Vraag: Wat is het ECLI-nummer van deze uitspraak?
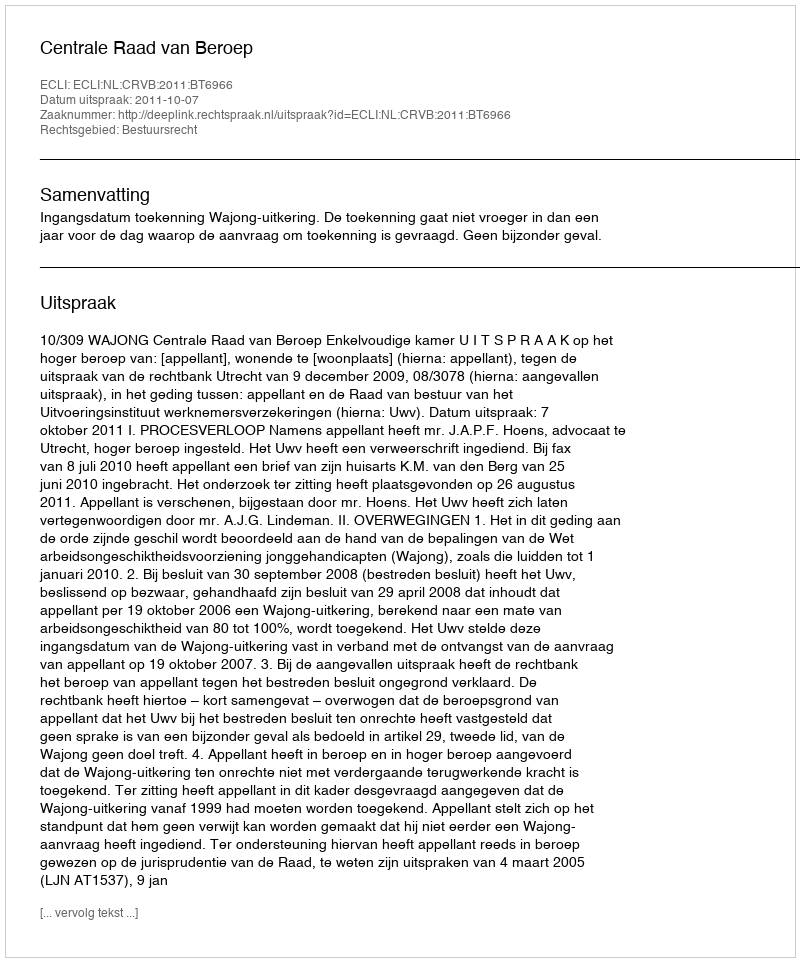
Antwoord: ECLI:NL:CRVB:2011:BT6966